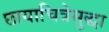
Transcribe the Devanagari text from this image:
छायाचित्रेसुद्धा